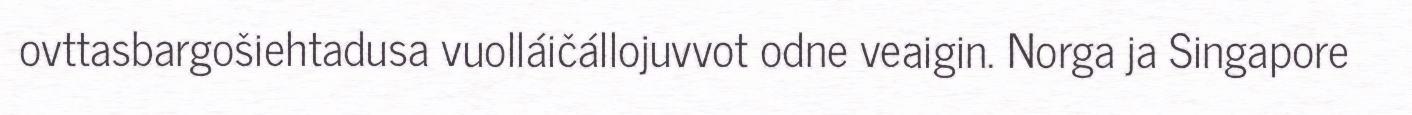
ovttasbargošiehtadusa vuolláičállojuvvot odne veaigin. Norga ja Singapore